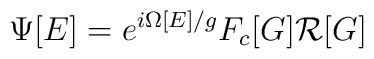
\Psi [E] = e^{i \Omega [E] / g} F_c [G] {\cal R} [G]